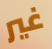
غير